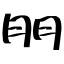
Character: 朋